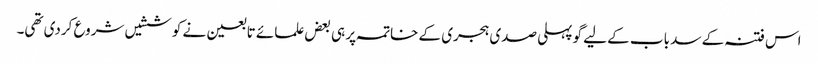
اس فتنہ کے سد باب کے لیے گو پہلی صدی ہجری کے خاتمہ پر ہی بعض علمائے تابعین نے کوششیں شروع کردی تھی۔